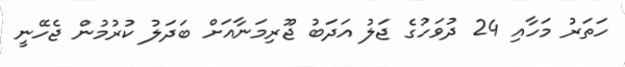
ހަތަރު މަހާއި 24 ދުވަހުގެ ޖަލު އަދަބު ޖޫރިމަނާއަށް ބަދަލު ކުރުމުން ޖެހޭނީ